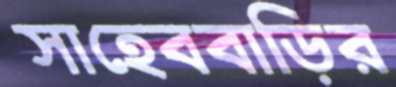
সাহেববাড়ির